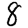
Digit: 8